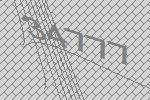
34777